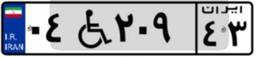
۰۴W۲۰۹۴۳